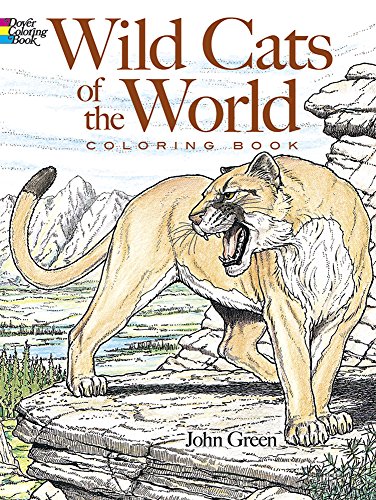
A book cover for Wild Cats of the World Coloring Book (Dover Nature Coloring Book); John Green; Children's Books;